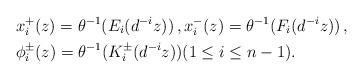
LaTeX: \begin{align*}&x_i^+(z)=\theta^{-1}(E_{i}(d^{-i}z))\,,x_i^-(z)=\theta^{-1}(F_{i}(d^{-i}z))\,,\\&\phi^\pm_i(z)=\theta^{-1}(K^\pm_{i}(d^{-i}z))(1\le i\le n-1). \end{align*}